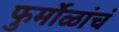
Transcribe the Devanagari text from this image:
फुर्मोळांचं